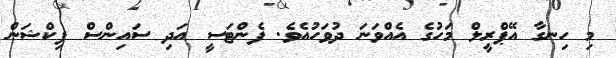
މި ހިނގާ އޭޕްރީލް މަހުގެ އެއްވަނަ ދުވަހުއެވެ. ފެންޓަސީ އަދި ސައިންސް ފިކްޝަން